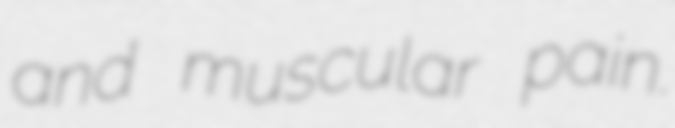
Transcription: and muscular pain.